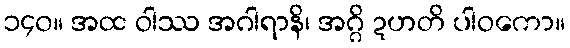
၁၄၀။ အထ ဝါဿ အဂါရာနိ၊ အဂ္ဂိ ဍဟတိ ပါဝကော။